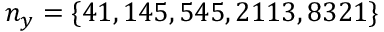
n _ { y } = \{ 4 1 , 1 4 5 , 5 4 5 , 2 1 1 3 , 8 3 2 1 \}